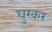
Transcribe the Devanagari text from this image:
घुरकर